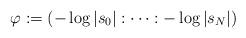
LaTeX: \begin{align*}\varphi := ( - \log |s_0| : \cdots :- \log |s_N| )\end{align*}